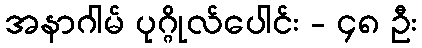
အနာဂါမ် ပုဂ္ဂိုလ်ပေါင်း - ၄၈ ဦး